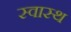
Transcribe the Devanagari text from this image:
स्‍वास्‍थ